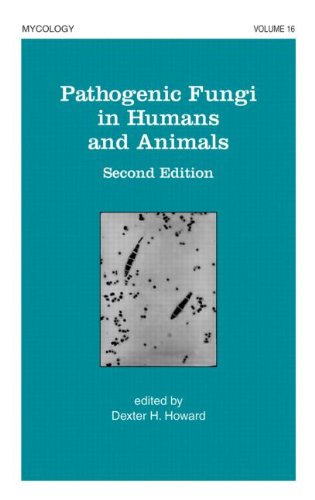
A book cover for Pathogenic Fungi in Humans and Animals (Mycology); Medical Books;